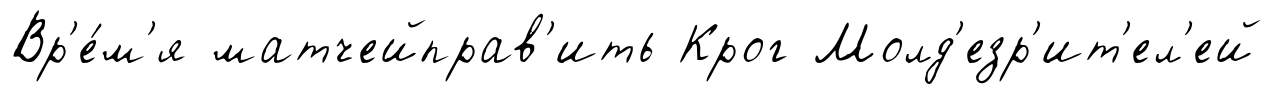
Вр'е́м'я матчейправ'ить Крог Молд'езр'ит'ел'ей